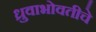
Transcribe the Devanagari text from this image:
ध्रुवाभोवतीचे